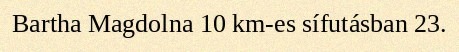
Bartha Magdolna 10 km-es sífutásban 23.